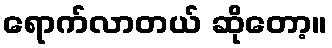
ရောက်လာတယ် ဆိုတော့။